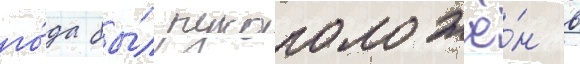
го́да бы́л рукоположё́н в